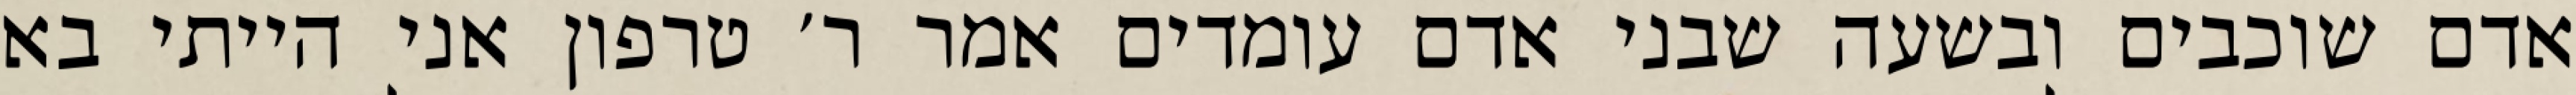
אדם שוכבים ובשעה שבני אדם עומדים אמר ר׳ טרפון אני הייתי בא